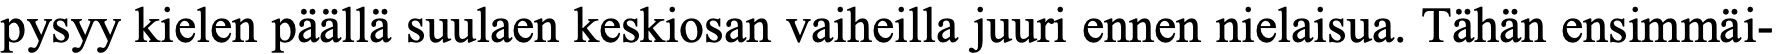
pysyy kielen päällä suulaen keskiosan vaiheilla juuri ennen nielaisua. Tähän ensimmäi-